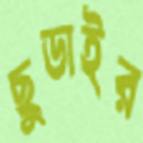
ছুডাইর